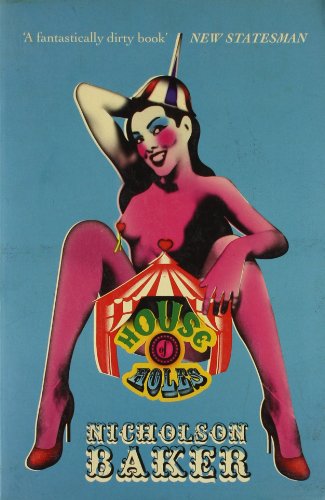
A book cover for House of Holes; Nicholson Baker; Literature & Fiction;